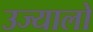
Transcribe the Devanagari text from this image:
उज्यालो